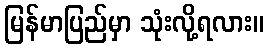
မြန်မာပြည်မှာ သုံးလို့ရလား။